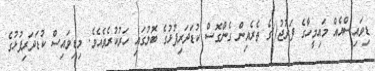
ޑިވައިސްއެއް މައިމީހާގެ ފަރުޖު()ގެ ތެރެއިން ގެންގޮސް ކުޑަދަރިފުޅުގެ ބޮލުގައި ހަރުކުރެވެއެވެ. މިޑިވައިސް ކުޑަދަރިފުޅުގެ